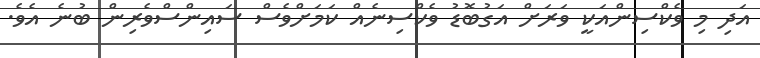
އަދި މި ވެކްސިންއަކީ ވަރަށް އަގުބޮޑު ވެކްސިނެއް ކަމަށްވެސް ސައިންސްވެރިން ބުނެ އެވެ.